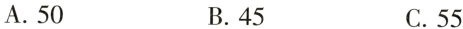
A.50 B.45 C.55